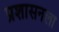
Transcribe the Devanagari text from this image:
प्रशासनला